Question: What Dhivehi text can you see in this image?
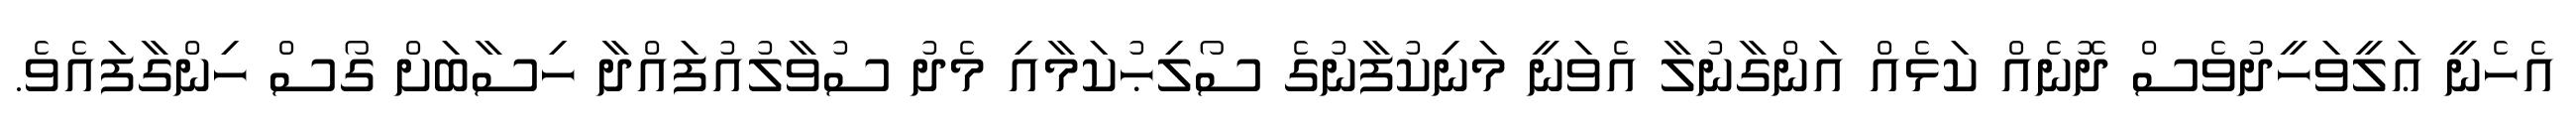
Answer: އެހެނީ ޢަލީވަހީދުވެސް ދޮނެއް ކަޅެއް އަންގާނުލާ އެވަނީ މަނިކުފާނުގެ ސޯލިޙުކަމާއި މެދު ސުވާލުއުފައްދާ ހިސާބަށް ގޯސް ހިންގާފައެވެ.